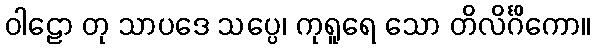
ဝါဠော တု သာပဒေ သပ္ပေ၊ ကုရူရေ သော တိလိင်္ဂိကော။